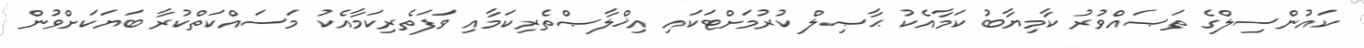
ކައުންސިލްގެ ތަޞައްވުރު ކާމިޔާބު ކަމާއެކު ޙާޞިލް ކުރުމަށްޓަކައި އިޚްލާޞްތެރިކަމާއި ވަފަތެރިކަމާއެކު މަސައްކަތްކުރާ ބަޔަކަށްވުން